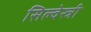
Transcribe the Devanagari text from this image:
सिल्वेस्त्री